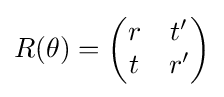
R(\theta )={\begin{pmatrix}r&t'\\t&r'\end{pmatrix}}